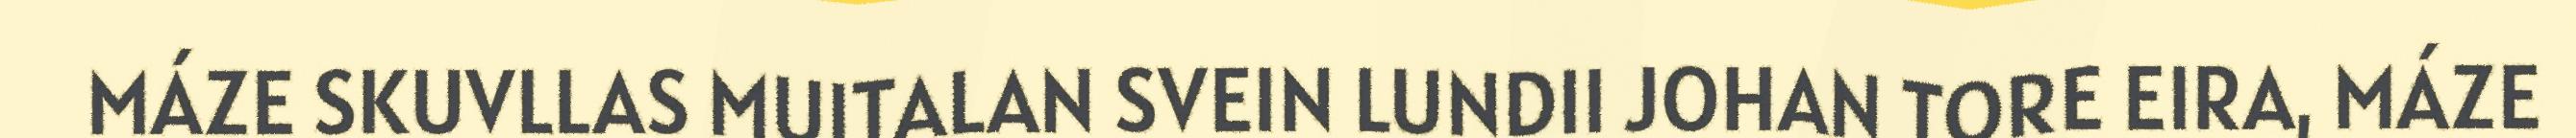
MÁZE SKUVLLAS MUITALAN SVEIN LUNDII JOHAN TORE EIRA, MÁZE